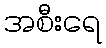
အစီးရေ